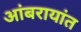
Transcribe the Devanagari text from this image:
आंबरायांत